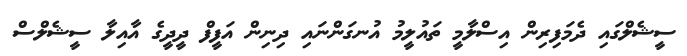
ސީޝެލްގައި ދެމަފިރިން އިސްލާމީ ތައުލީމު އުނގަންނައި ދިނިން އަފީފް ދީދީގެ އާއިލާ ސީޝެލްސް